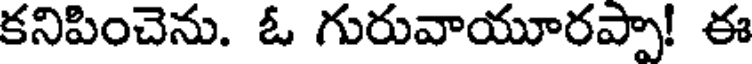
కనిపించెను. ఓ గురువాయూరప్పా! ఈ